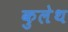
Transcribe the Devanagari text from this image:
कुलेथ